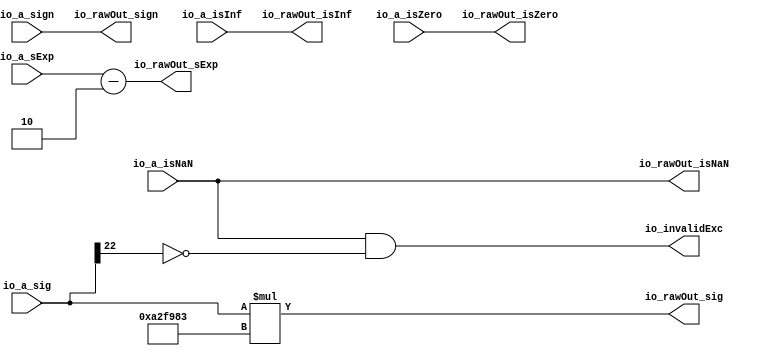
// SPDX-FileCopyrightText: 2020 Efabless Corporation
//
// Licensed under the Apache License, Version 2.0 (the "License");
// you may not use this file except in compliance with the License.
// You may obtain a copy of the License at
//
//      http://www.apache.org/licenses/LICENSE-2.0
//
// Unless required by applicable law or agreed to in writing, software
// distributed under the License is distributed on an "AS IS" BASIS,
// WITHOUT WARRANTIES OR CONDITIONS OF ANY KIND, either express or implied.
// See the License for the specific language governing permissions and
// limitations under the License.
// SPDX-License-Identifier: Apache-2.0

// gonsolo: Include Diffuse.v from pepe commit ba8e4

// Generated by CIRCT unknown git version
// Standard header to adapt well known macros to our needs.
`ifndef RANDOMIZE
  `ifdef RANDOMIZE_REG_INIT
    `define RANDOMIZE
  `endif // RANDOMIZE_REG_INIT
`endif // not def RANDOMIZE

// RANDOM may be set to an expression that produces a 32-bit random unsigned value.
`ifndef RANDOM
  `define RANDOM $random
`endif // not def RANDOM

// Users can define INIT_RANDOM as general code that gets injected into the
// initializer block for modules with registers.
`ifndef INIT_RANDOM
  `define INIT_RANDOM
`endif // not def INIT_RANDOM

// If using random initialization, you can also define RANDOMIZE_DELAY to
// customize the delay used, otherwise 0.002 is used.
`ifndef RANDOMIZE_DELAY
  `define RANDOMIZE_DELAY 0.002
`endif // not def RANDOMIZE_DELAY

// Define INIT_RANDOM_PROLOG_ for use in our modules below.
`ifndef INIT_RANDOM_PROLOG_
  `ifdef RANDOMIZE
    `ifdef VERILATOR
      `define INIT_RANDOM_PROLOG_ `INIT_RANDOM
    `else  // VERILATOR
      `define INIT_RANDOM_PROLOG_ `INIT_RANDOM #`RANDOMIZE_DELAY begin end
    `endif // VERILATOR
  `else  // RANDOMIZE
    `define INIT_RANDOM_PROLOG_
  `endif // RANDOMIZE
`endif // not def INIT_RANDOM_PROLOG_

module MulFullRawFN(	// <stdin>:3:10, :632:10, :1261:10
  input         io_a_isNaN,
                io_a_isInf,
                io_a_isZero,
                io_a_sign,
  input  [9:0]  io_a_sExp,
  input  [24:0] io_a_sig,
  output        io_invalidExc,
                io_rawOut_isNaN,
                io_rawOut_isInf,
                io_rawOut_isZero,
                io_rawOut_sign,
  output [9:0]  io_rawOut_sExp,
  output [47:0] io_rawOut_sig);

  assign io_invalidExc = io_a_isNaN & ~(io_a_sig[22]);	// <stdin>:3:10, :632:10, :1261:10, hardfloat/src/main/scala/common.scala:82:{46,49,56}
  assign io_rawOut_isNaN = io_a_isNaN;	// <stdin>:3:10, :632:10, :1261:10
  assign io_rawOut_isInf = io_a_isInf;	// <stdin>:3:10, :632:10, :1261:10
  assign io_rawOut_isZero = io_a_isZero;	// <stdin>:3:10, :632:10, :1261:10
  assign io_rawOut_sign = io_a_sign;	// <stdin>:3:10, :632:10, :1261:10
  assign io_rawOut_sExp = io_a_sExp - 10'h2;	// <stdin>:3:10, :632:10, :1261:10, hardfloat/src/main/scala/MulRecFN.scala:62:48
  assign io_rawOut_sig = {23'h0, io_a_sig} * 48'hA2F983;	// <stdin>:3:10, :632:10, :1261:10, hardfloat/src/main/scala/MulRecFN.scala:63:35
endmodule

module MulRawFN(	// <stdin>:37:10, :666:10, :1295:10
  input         io_a_isNaN,
                io_a_isInf,
                io_a_isZero,
                io_a_sign,
  input  [9:0]  io_a_sExp,
  input  [24:0] io_a_sig,
  output        io_invalidExc,
                io_rawOut_isNaN,
                io_rawOut_isInf,
                io_rawOut_isZero,
                io_rawOut_sign,
  output [9:0]  io_rawOut_sExp,
  output [26:0] io_rawOut_sig);

  wire [47:0] _mulFullRaw_io_rawOut_sig;	// hardfloat/src/main/scala/MulRecFN.scala:84:28
  MulFullRawFN mulFullRaw (	// hardfloat/src/main/scala/MulRecFN.scala:84:28
    .io_a_isNaN       (io_a_isNaN),
    .io_a_isInf       (io_a_isInf),
    .io_a_isZero      (io_a_isZero),
    .io_a_sign        (io_a_sign),
    .io_a_sExp        (io_a_sExp),
    .io_a_sig         (io_a_sig),
    .io_invalidExc    (io_invalidExc),
    .io_rawOut_isNaN  (io_rawOut_isNaN),
    .io_rawOut_isInf  (io_rawOut_isInf),
    .io_rawOut_isZero (io_rawOut_isZero),
    .io_rawOut_sign   (io_rawOut_sign),
    .io_rawOut_sExp   (io_rawOut_sExp),
    .io_rawOut_sig    (_mulFullRaw_io_rawOut_sig)
  );
  assign io_rawOut_sig =
    {_mulFullRaw_io_rawOut_sig[47:22], |(_mulFullRaw_io_rawOut_sig[21:0])};	// <stdin>:37:10, :666:10, :1295:10, hardfloat/src/main/scala/MulRecFN.scala:84:28, :93:{10,15,37,55}
endmodule

module RoundAnyRawFNToRecFN(	// <stdin>:61:10, :690:10, :1319:10
  input         io_invalidExc,
                io_in_isNaN,
                io_in_isInf,
                io_in_isZero,
                io_in_sign,
  input  [9:0]  io_in_sExp,
  input  [26:0] io_in_sig,
  output [32:0] io_out);

  wire [8:0]  _roundMask_T_1 = ~(io_in_sExp[8:0]);	// hardfloat/src/main/scala/RoundAnyRawFNToRecFN.scala:155:37, hardfloat/src/main/scala/primitives.scala:52:21
  wire [64:0] _GEN = {59'h0, _roundMask_T_1[5:0]};	// hardfloat/src/main/scala/primitives.scala:52:21, :59:26, :76:56
  wire [64:0] roundMask_shift = $signed(65'sh10000000000000000 >>> _GEN);	// hardfloat/src/main/scala/primitives.scala:76:56
  wire [64:0] roundMask_shift_1 = $signed(65'sh10000000000000000 >>> _GEN);	// hardfloat/src/main/scala/primitives.scala:76:56
  wire [24:0] _roundMask_T_74 =
    (_roundMask_T_1[8]
       ? (_roundMask_T_1[7]
            ? {~(_roundMask_T_1[6]
                   ? 22'h0
                   : ~{roundMask_shift[42],
                       roundMask_shift[43],
                       roundMask_shift[44],
                       roundMask_shift[45],
                       roundMask_shift[46],
                       roundMask_shift[47],
                       roundMask_shift[48],
                       roundMask_shift[49],
                       roundMask_shift[50],
                       roundMask_shift[51],
                       roundMask_shift[52],
                       roundMask_shift[53],
                       roundMask_shift[54],
                       roundMask_shift[55],
                       roundMask_shift[56],
                       roundMask_shift[57],
                       roundMask_shift[58],
                       roundMask_shift[59],
                       roundMask_shift[60],
                       roundMask_shift[61],
                       roundMask_shift[62],
                       roundMask_shift[63]}),
               3'h7}
            : {22'h0,
               _roundMask_T_1[6]
                 ? {roundMask_shift_1[0], roundMask_shift_1[1], roundMask_shift_1[2]}
                 : 3'h0})
       : 25'h0) | {24'h0, io_in_sig[26]};	// hardfloat/src/main/scala/RoundAnyRawFNToRecFN.scala:119:57, :158:23, hardfloat/src/main/scala/primitives.scala:52:21, :58:25, :59:26, :62:24, :67:24, :68:58, :73:{17,21,32}, :76:56, :77:20, :78:22
  wire [25:0] _GEN_0 = {_roundMask_T_74, 1'h1};	// hardfloat/src/main/scala/RoundAnyRawFNToRecFN.scala:158:{23,42}, :242:60
  wire [25:0] _GEN_1 = io_in_sig[26:1] & {1'h1, ~_roundMask_T_74} & _GEN_0;	// hardfloat/src/main/scala/RoundAnyRawFNToRecFN.scala:158:{23,42}, :161:53, :162:28, :163:40, :242:60
  wire [25:0] roundedSig =
    (|_GEN_1)
      ? {1'h0, io_in_sig[26:2] | _roundMask_T_74} + 26'h1
        & ~((|_GEN_1) & (io_in_sig[25:0] & _GEN_0) == 26'h0
              ? {_roundMask_T_74, 1'h1}
              : 26'h0)
      : {1'h0, io_in_sig[26:2] & ~_roundMask_T_74};	// hardfloat/src/main/scala/RoundAnyRawFNToRecFN.scala:57:16, :158:{23,42}, :162:28, :163:{40,56}, :164:{42,62}, :172:16, :173:{32,49,57}, :174:{21,25,64}, :176:35, :179:{30,47}, :180:24, :242:60
  wire [10:0] sRoundedExp = {io_in_sExp[9], io_in_sExp} + {9'h0, roundedSig[25:24]};	// hardfloat/src/main/scala/RoundAnyRawFNToRecFN.scala:172:16, :184:{40,54}, :272:16
  wire        common_totalUnderflow = $signed(sRoundedExp) < 11'sh6B;	// hardfloat/src/main/scala/RoundAnyRawFNToRecFN.scala:184:40, :199:31
  wire        isNaNOut = io_invalidExc | io_in_isNaN;	// hardfloat/src/main/scala/RoundAnyRawFNToRecFN.scala:234:34
  wire        notNaN_isInfOut =
    io_in_isInf | ~isNaNOut & ~io_in_isInf & ~io_in_isZero
    & $signed(sRoundedExp[10:7]) > 4'sh2;	// hardfloat/src/main/scala/RoundAnyRawFNToRecFN.scala:184:40, :195:{30,50}, :234:34, :236:{22,36,64}, :237:32, :247:32
  assign io_out =
    {~isNaNOut & io_in_sign,
     sRoundedExp[8:0] & ~(io_in_isZero | common_totalUnderflow ? 9'h1C0 : 9'h0)
       & {2'h3, ~notNaN_isInfOut, 6'h3F} | (notNaN_isInfOut ? 9'h180 : 9'h0)
       | (isNaNOut ? 9'h1C0 : 9'h0),
     isNaNOut | io_in_isZero | common_totalUnderflow
       ? {isNaNOut, 22'h0}
       : io_in_sig[26] ? roundedSig[23:1] : roundedSig[22:0]};	// <stdin>:61:10, :690:10, :1319:10, hardfloat/src/main/scala/RoundAnyRawFNToRecFN.scala:119:57, :158:42, :172:16, :184:40, :186:37, :188:16, :189:27, :190:27, :199:31, :234:34, :247:32, :249:22, :252:{14,18,32}, :263:17, :264:{14,18}, :272:16, :276:{16,73}, :277:16, :279:{12,38}, :280:16, :285:33, hardfloat/src/main/scala/primitives.scala:73:21
endmodule

module RoundRawFNToRecFN(	// <stdin>:309:10, :938:10, :1567:10
  input         io_invalidExc,
                io_in_isNaN,
                io_in_isInf,
                io_in_isZero,
                io_in_sign,
  input  [9:0]  io_in_sExp,
  input  [26:0] io_in_sig,
  output [32:0] io_out);

  RoundAnyRawFNToRecFN roundAnyRawFNToRecFN (	// hardfloat/src/main/scala/RoundAnyRawFNToRecFN.scala:308:15
    .io_invalidExc (io_invalidExc),
    .io_in_isNaN   (io_in_isNaN),
    .io_in_isInf   (io_in_isInf),
    .io_in_isZero  (io_in_isZero),
    .io_in_sign    (io_in_sign),
    .io_in_sExp    (io_in_sExp),
    .io_in_sig     (io_in_sig),
    .io_out        (io_out)
  );
endmodule

module MulRecFN(	// <stdin>:326:10, :955:10, :1584:10
  input  [32:0] io_a,
  output [32:0] io_out);

  wire        _mulRawFN_io_invalidExc;	// hardfloat/src/main/scala/MulRecFN.scala:113:26
  wire        _mulRawFN_io_rawOut_isNaN;	// hardfloat/src/main/scala/MulRecFN.scala:113:26
  wire        _mulRawFN_io_rawOut_isInf;	// hardfloat/src/main/scala/MulRecFN.scala:113:26
  wire        _mulRawFN_io_rawOut_isZero;	// hardfloat/src/main/scala/MulRecFN.scala:113:26
  wire        _mulRawFN_io_rawOut_sign;	// hardfloat/src/main/scala/MulRecFN.scala:113:26
  wire [9:0]  _mulRawFN_io_rawOut_sExp;	// hardfloat/src/main/scala/MulRecFN.scala:113:26
  wire [26:0] _mulRawFN_io_rawOut_sig;	// hardfloat/src/main/scala/MulRecFN.scala:113:26
  MulRawFN mulRawFN (	// hardfloat/src/main/scala/MulRecFN.scala:113:26
    .io_a_isNaN       ((&(io_a[31:30])) & io_a[29]),	// hardfloat/src/main/scala/rawFloatFromRecFN.scala:51:21, :53:{28,53}, :56:{33,41}
    .io_a_isInf       ((&(io_a[31:30])) & ~(io_a[29])),	// hardfloat/src/main/scala/rawFloatFromRecFN.scala:51:21, :53:{28,53}, :56:41, :57:{33,36}
    .io_a_isZero      (~(|(io_a[31:29]))),	// hardfloat/src/main/scala/rawFloatFromRecFN.scala:51:21, :52:{28,53}
    .io_a_sign        (io_a[32]),	// hardfloat/src/main/scala/rawFloatFromRecFN.scala:59:25
    .io_a_sExp        ({1'h0, io_a[31:23]}),	// hardfloat/src/main/scala/MulRecFN.scala:102:16, hardfloat/src/main/scala/rawFloatFromRecFN.scala:51:21, :60:27
    .io_a_sig         ({1'h0, |(io_a[31:29]), io_a[22:0]}),	// hardfloat/src/main/scala/MulRecFN.scala:102:16, hardfloat/src/main/scala/rawFloatFromRecFN.scala:51:21, :52:{28,53}, :61:{44,49}
    .io_invalidExc    (_mulRawFN_io_invalidExc),
    .io_rawOut_isNaN  (_mulRawFN_io_rawOut_isNaN),
    .io_rawOut_isInf  (_mulRawFN_io_rawOut_isInf),
    .io_rawOut_isZero (_mulRawFN_io_rawOut_isZero),
    .io_rawOut_sign   (_mulRawFN_io_rawOut_sign),
    .io_rawOut_sExp   (_mulRawFN_io_rawOut_sExp),
    .io_rawOut_sig    (_mulRawFN_io_rawOut_sig)
  );
  RoundRawFNToRecFN roundRawFNToRecFN (	// hardfloat/src/main/scala/MulRecFN.scala:121:15
    .io_invalidExc (_mulRawFN_io_invalidExc),	// hardfloat/src/main/scala/MulRecFN.scala:113:26
    .io_in_isNaN   (_mulRawFN_io_rawOut_isNaN),	// hardfloat/src/main/scala/MulRecFN.scala:113:26
    .io_in_isInf   (_mulRawFN_io_rawOut_isInf),	// hardfloat/src/main/scala/MulRecFN.scala:113:26
    .io_in_isZero  (_mulRawFN_io_rawOut_isZero),	// hardfloat/src/main/scala/MulRecFN.scala:113:26
    .io_in_sign    (_mulRawFN_io_rawOut_sign),	// hardfloat/src/main/scala/MulRecFN.scala:113:26
    .io_in_sExp    (_mulRawFN_io_rawOut_sExp),	// hardfloat/src/main/scala/MulRecFN.scala:113:26
    .io_in_sig     (_mulRawFN_io_rawOut_sig),	// hardfloat/src/main/scala/MulRecFN.scala:113:26
    .io_out        (io_out)
  );
endmodule

module Multiply(	// <stdin>:402:10, :1031:10, :1660:10
  input  [31:0] io_a,
  output [31:0] io_out);

  wire [32:0] _mul_io_out;	// src/main/scala/bsdf/Multiply.scala:20:19
  wire        mul_io_a_rawIn_isZeroExpIn = io_a[30:23] == 8'h0;	// hardfloat/src/main/scala/fNFromRecFN.scala:60:21, hardfloat/src/main/scala/rawFloatFromFN.scala:45:19, :48:30
  wire [4:0]  mul_io_a_rawIn_normDist =
    io_a[22]
      ? 5'h0
      : io_a[21]
          ? 5'h1
          : io_a[20]
              ? 5'h2
              : io_a[19]
                  ? 5'h3
                  : io_a[18]
                      ? 5'h4
                      : io_a[17]
                          ? 5'h5
                          : io_a[16]
                              ? 5'h6
                              : io_a[15]
                                  ? 5'h7
                                  : io_a[14]
                                      ? 5'h8
                                      : io_a[13]
                                          ? 5'h9
                                          : io_a[12]
                                              ? 5'hA
                                              : io_a[11]
                                                  ? 5'hB
                                                  : io_a[10]
                                                      ? 5'hC
                                                      : io_a[9]
                                                          ? 5'hD
                                                          : io_a[8]
                                                              ? 5'hE
                                                              : io_a[7]
                                                                  ? 5'hF
                                                                  : io_a[6]
                                                                      ? 5'h10
                                                                      : io_a[5]
                                                                          ? 5'h11
                                                                          : io_a[4]
                                                                              ? 5'h12
                                                                              : io_a[3]
                                                                                  ? 5'h13
                                                                                  : io_a[2]
                                                                                      ? 5'h14
                                                                                      : io_a[1]
                                                                                          ? 5'h15
                                                                                          : 5'h16;	// hardfloat/src/main/scala/primitives.scala:91:52, hardfloat/src/main/scala/rawFloatFromFN.scala:46:21, src/main/scala/chisel3/util/Mux.scala:50:70
  wire [53:0] _mul_io_a_rawIn_subnormFract_T =
    {31'h0, io_a[22:0]} << mul_io_a_rawIn_normDist;	// hardfloat/src/main/scala/rawFloatFromFN.scala:46:21, :52:33, src/main/scala/chisel3/util/Mux.scala:50:70
  wire [8:0]  mul_io_a_rawIn_adjustedExp =
    (mul_io_a_rawIn_isZeroExpIn ? {4'hF, ~mul_io_a_rawIn_normDist} : {1'h0, io_a[30:23]})
    + {7'h20, mul_io_a_rawIn_isZeroExpIn ? 2'h2 : 2'h1};	// hardfloat/src/main/scala/rawFloatFromFN.scala:45:19, :48:30, :54:10, :55:18, :57:9, :58:14, src/main/scala/chisel3/util/Mux.scala:50:70
  wire        io_out_rawIn_isInf = (&(_mul_io_out[31:30])) & ~(_mul_io_out[29]);	// hardfloat/src/main/scala/rawFloatFromRecFN.scala:51:21, :53:{28,53}, :56:41, :57:{33,36}, src/main/scala/bsdf/Multiply.scala:20:19
  wire        io_out_isSubnormal = $signed({1'h0, _mul_io_out[31:23]}) < 10'sh82;	// hardfloat/src/main/scala/fNFromRecFN.scala:51:38, hardfloat/src/main/scala/rawFloatFromFN.scala:48:30, hardfloat/src/main/scala/rawFloatFromRecFN.scala:51:21, :60:27, src/main/scala/bsdf/Multiply.scala:20:19
  wire [23:0] _io_out_denormFract_T_1 =
    {1'h0, |(_mul_io_out[31:29]), _mul_io_out[22:1]} >> 5'h1 - _mul_io_out[27:23];	// hardfloat/src/main/scala/fNFromRecFN.scala:52:{35,47}, :53:{38,42}, hardfloat/src/main/scala/rawFloatFromFN.scala:48:30, hardfloat/src/main/scala/rawFloatFromRecFN.scala:51:21, :52:{28,53}, src/main/scala/bsdf/Multiply.scala:20:19, src/main/scala/chisel3/util/Mux.scala:50:70
  MulRecFN mul (	// src/main/scala/bsdf/Multiply.scala:20:19
    .io_a
      ({io_a[31],
        (mul_io_a_rawIn_isZeroExpIn & ~(|(io_a[22:0]))
           ? 3'h0
           : mul_io_a_rawIn_adjustedExp[8:6])
          | {2'h0, (&(mul_io_a_rawIn_adjustedExp[8:7])) & (|(io_a[22:0]))},
        mul_io_a_rawIn_adjustedExp[5:0],
        mul_io_a_rawIn_isZeroExpIn
          ? {_mul_io_a_rawIn_subnormFract_T[21:0], 1'h0}
          : io_a[22:0]}),	// hardfloat/src/main/scala/rawFloatFromFN.scala:44:18, :46:21, :48:30, :49:34, :52:{33,46,64}, :57:9, :60:30, :61:{32,57}, :64:28, :70:33, hardfloat/src/main/scala/recFNFromFN.scala:48:{15,50,76}, :50:{23,41}
    .io_out (_mul_io_out)
  );
  assign io_out =
    {_mul_io_out[32],
     (io_out_isSubnormal ? 8'h0 : _mul_io_out[30:23] + 8'h7F)
       | {8{(&(_mul_io_out[31:30])) & _mul_io_out[29] | io_out_rawIn_isInf}},
     io_out_isSubnormal
       ? _io_out_denormFract_T_1[22:0]
       : io_out_rawIn_isInf ? 23'h0 : _mul_io_out[22:0]};	// <stdin>:402:10, :1031:10, :1660:10, hardfloat/src/main/scala/fNFromRecFN.scala:51:38, :53:{42,60}, :56:16, :58:{27,45}, :60:{15,21,44}, :62:16, :64:20, :66:12, hardfloat/src/main/scala/rawFloatFromRecFN.scala:51:21, :53:{28,53}, :56:{33,41}, :57:33, :59:25, :61:49, src/main/scala/bsdf/Multiply.scala:20:19
endmodule

module MultiplySpectrum(	// <stdin>:1890:10
  input  [31:0] io_a_values_0,
                io_a_values_1,
                io_a_values_2,
  output [31:0] io_out_values_0,
                io_out_values_1,
                io_out_values_2);

  Multiply multipliers_multiply (	// src/main/scala/bsdf/MultiplySpectrum.scala:17:26
    .io_a   (io_a_values_0),
    .io_out (io_out_values_0)
  );
  Multiply multipliers_multiply_1 (	// src/main/scala/bsdf/MultiplySpectrum.scala:17:26
    .io_a   (io_a_values_1),
    .io_out (io_out_values_1)
  );
  Multiply multipliers_multiply_2 (	// src/main/scala/bsdf/MultiplySpectrum.scala:17:26
    .io_a   (io_a_values_2),
    .io_out (io_out_values_2)
  );
endmodule

module Diffuse(	// <stdin>:1924:10
  input         clock,
                reset,
                input_valid,
  input  [31:0] input_bits_reflectance_values_0,
                input_bits_reflectance_values_1,
                input_bits_reflectance_values_2,
  input         output_ready,
  output        input_ready,
                output_valid,
  output [31:0] output_bits_out_values_0,
                output_bits_out_values_1,
                output_bits_out_values_2);

  reg         busy;	// src/main/scala/bsdf/Diffuse.scala:22:21
  reg         resultValid;	// src/main/scala/bsdf/Diffuse.scala:23:28
  reg  [31:0] reflectance_values_0;	// src/main/scala/bsdf/Diffuse.scala:24:24
  reg  [31:0] reflectance_values_1;	// src/main/scala/bsdf/Diffuse.scala:24:24
  reg  [31:0] reflectance_values_2;	// src/main/scala/bsdf/Diffuse.scala:24:24
  wire        _T = output_ready & resultValid;	// src/main/scala/bsdf/Diffuse.scala:23:28, :38:23
  always @(posedge clock) begin
    if (reset) begin
      busy <= 1'h0;	// src/main/scala/bsdf/Diffuse.scala:22:21
      resultValid <= 1'h0;	// src/main/scala/bsdf/Diffuse.scala:22:21, :23:28
    end
    else if (busy) begin	// src/main/scala/bsdf/Diffuse.scala:22:21
      busy <= ~_T & busy;	// src/main/scala/bsdf/Diffuse.scala:22:21, :38:{23,39}, :39:12
      resultValid <= ~_T;	// src/main/scala/bsdf/Diffuse.scala:22:21, :23:28, :38:{23,39}, :39:12
    end
    else	// src/main/scala/bsdf/Diffuse.scala:22:21
      busy <= input_valid | busy;	// src/main/scala/bsdf/Diffuse.scala:22:21, :43:23, :47:12
    if (busy | ~input_valid) begin	// src/main/scala/bsdf/Diffuse.scala:22:21, :24:24, :35:14, :43:23
    end
    else begin	// src/main/scala/bsdf/Diffuse.scala:24:24, :35:14, :43:23
      reflectance_values_0 <= input_bits_reflectance_values_0;	// src/main/scala/bsdf/Diffuse.scala:24:24
      reflectance_values_1 <= input_bits_reflectance_values_1;	// src/main/scala/bsdf/Diffuse.scala:24:24
      reflectance_values_2 <= input_bits_reflectance_values_2;	// src/main/scala/bsdf/Diffuse.scala:24:24
    end
  end // always @(posedge)
  `ifndef SYNTHESIS	// <stdin>:1924:10
    `ifdef FIRRTL_BEFORE_INITIAL	// <stdin>:1924:10
      `FIRRTL_BEFORE_INITIAL	// <stdin>:1924:10
    `endif // FIRRTL_BEFORE_INITIAL
    logic [31:0] _RANDOM_0;	// <stdin>:1924:10
    logic [31:0] _RANDOM_1;	// <stdin>:1924:10
    logic [31:0] _RANDOM_2;	// <stdin>:1924:10
    logic [31:0] _RANDOM_3;	// <stdin>:1924:10
    logic [31:0] _RANDOM_4;	// <stdin>:1924:10
    initial begin	// <stdin>:1924:10
      `ifdef INIT_RANDOM_PROLOG_	// <stdin>:1924:10
        `INIT_RANDOM_PROLOG_	// <stdin>:1924:10
      `endif // INIT_RANDOM_PROLOG_
      `ifdef RANDOMIZE_REG_INIT	// <stdin>:1924:10
        _RANDOM_0 = `RANDOM;	// <stdin>:1924:10
        _RANDOM_1 = `RANDOM;	// <stdin>:1924:10
        _RANDOM_2 = `RANDOM;	// <stdin>:1924:10
        _RANDOM_3 = `RANDOM;	// <stdin>:1924:10
        _RANDOM_4 = `RANDOM;	// <stdin>:1924:10
        busy = _RANDOM_0[31];	// src/main/scala/bsdf/Diffuse.scala:22:21
        resultValid = _RANDOM_1[0];	// src/main/scala/bsdf/Diffuse.scala:23:28
        reflectance_values_0 = {_RANDOM_1[31:1], _RANDOM_2[0]};	// src/main/scala/bsdf/Diffuse.scala:23:28, :24:24
        reflectance_values_1 = {_RANDOM_2[31:1], _RANDOM_3[0]};	// src/main/scala/bsdf/Diffuse.scala:24:24
        reflectance_values_2 = {_RANDOM_3[31:1], _RANDOM_4[0]};	// src/main/scala/bsdf/Diffuse.scala:24:24
      `endif // RANDOMIZE_REG_INIT
    end // initial
    `ifdef FIRRTL_AFTER_INITIAL	// <stdin>:1924:10
      `FIRRTL_AFTER_INITIAL	// <stdin>:1924:10
    `endif // FIRRTL_AFTER_INITIAL
  `endif // not def SYNTHESIS
  MultiplySpectrum multiply (	// src/main/scala/bsdf/Diffuse.scala:19:24
    .io_a_values_0   (reflectance_values_0),	// src/main/scala/bsdf/Diffuse.scala:24:24
    .io_a_values_1   (reflectance_values_1),	// src/main/scala/bsdf/Diffuse.scala:24:24
    .io_a_values_2   (reflectance_values_2),	// src/main/scala/bsdf/Diffuse.scala:24:24
    .io_out_values_0 (output_bits_out_values_0),
    .io_out_values_1 (output_bits_out_values_1),
    .io_out_values_2 (output_bits_out_values_2)
  );
  assign input_ready = ~busy & input_valid | ~busy;	// <stdin>:1924:10, src/main/scala/bsdf/Diffuse.scala:22:21, :26:{15,18}, :35:14, :43:23
  assign output_valid = resultValid;	// <stdin>:1924:10, src/main/scala/bsdf/Diffuse.scala:23:28
endmodule
// gonsolo: End Diffuse.v

`default_nettype none

// Keep in sync with dv/cocotb/pepe/pepe.py
`define DIFFERENCE	5 // The first five bits are used by caravel
`define WRITE		28 - `DIFFERENCE
`define CHANNEL_SELECT0	27 - `DIFFERENCE
`define CHANNEL_SELECT1	26 - `DIFFERENCE
`define BYTE_SELECT0	25 - `DIFFERENCE
`define BYTE_SELECT1	24 - `DIFFERENCE
`define INPUT7		23 - `DIFFERENCE
`define INPUT6		`INPUT7 - 1
`define INPUT5		`INPUT7 - 2
`define INPUT4		`INPUT7 - 3
`define INPUT3		`INPUT7 - 4
`define INPUT2		`INPUT7 - 5
`define INPUT1		`INPUT7 - 6
`define INPUT0		`INPUT7 - 7
`define OUTPUT7		12 - `DIFFERENCE
`define OUTPUT0		`OUTPUT7 - 7

module user_proj_example #(
    parameter BITS = 24
)(
`ifdef USE_POWER_PINS
    inout vdd,
    inout vss,
`endif

    input wb_clk_i,
    input wb_rst_i,

    // IOs
    input  [BITS-1:0] io_in,
    output [BITS-1:0] io_out,
    output [BITS-1:0] io_oeb,

    // IRQ
    output [2:0] irq
);

    wire clock = wb_clk_i;
    wire reset = wb_rst_i;

    assign io_oeb = 24'h0000FF;
    assign irq = 3'b000;	// Unused

    reg [7:0] channel0_byte0, channel0_byte1, channel0_byte2, channel0_byte3;
    reg [7:0] channel1_byte0, channel1_byte1, channel1_byte2, channel1_byte3;
    reg [7:0] channel2_byte0, channel2_byte1, channel2_byte2, channel2_byte3;
    reg [7:0] out_byte;

    initial begin
        channel0_byte0 = 8'h00;
        channel0_byte1 = 8'h00;
        channel0_byte2 = 8'h00;
        channel0_byte3 = 8'h00;
        channel1_byte0 = 8'h00;
        channel1_byte1 = 8'h00;
        channel1_byte2 = 8'h00;
        channel1_byte3 = 8'h00;
        channel2_byte0 = 8'h00;
        channel2_byte1 = 8'h00;
        channel2_byte2 = 8'h00;
        channel2_byte3 = 8'h00;
        out_byte = 8'h00;
    end

    wire [31:0] input_bits_reflectance_values_0 = { channel0_byte0, channel0_byte1, channel0_byte2, channel0_byte3 };
    wire [31:0] input_bits_reflectance_values_1 = { channel1_byte0, channel1_byte1, channel1_byte2, channel1_byte3 };
    wire [31:0] input_bits_reflectance_values_2 = { channel2_byte0, channel2_byte1, channel2_byte2, channel2_byte3 };
    wire input_valid = 1;
    wire input_ready;		// Unused
    wire output_ready = 1;
    wire output_valid;		// Unused
    wire [31:0] output_bits_out_values_0;
    wire [31:0] output_bits_out_values_1;
    wire [31:0] output_bits_out_values_2;

    wire input_set = io_in[`WRITE];
    wire [1:0] channel_select = io_in[`CHANNEL_SELECT0:`CHANNEL_SELECT1];
    wire [1:0] byte_select = io_in[`BYTE_SELECT0:`BYTE_SELECT1];
    wire [7:0] input_byte = io_in[`INPUT7:`INPUT0];

    wire _unused_ok = &{
        1'b0,
	io_in[12:0],
        input_ready,
        output_valid,
	output_bits_out_values_1,
	output_bits_out_values_2,
        1'b0
    };

    Diffuse diffuse(
        .clock(clock),
        .reset(reset),
        .input_valid(input_valid),
        .input_ready(input_ready),
        .input_bits_reflectance_values_0(input_bits_reflectance_values_0),
        .input_bits_reflectance_values_1(input_bits_reflectance_values_1),
        .input_bits_reflectance_values_2(input_bits_reflectance_values_2),
        .output_valid(output_valid),
        .output_ready(output_ready),
        .output_bits_out_values_0(output_bits_out_values_0),
        .output_bits_out_values_1(output_bits_out_values_1),
        .output_bits_out_values_2(output_bits_out_values_2)
    );

    always @(posedge clock) begin
	if (input_set) begin
		case(channel_select)
		default: ; // Nothing to do: There is no channel 4
		2'b10:
			case (byte_select)
			2'b11: channel2_byte0 <= input_byte;
			2'b10: channel2_byte1 <= input_byte;
			2'b01: channel2_byte2 <= input_byte;
			2'b00: channel2_byte3 <= input_byte;
			endcase
		2'b01:
			case (byte_select)
			2'b11: channel1_byte0 <= input_byte;
			2'b10: channel1_byte1 <= input_byte;
			2'b01: channel1_byte2 <= input_byte;
			2'b00: channel1_byte3 <= input_byte;
			endcase
		2'b00:
			case (byte_select)
			2'b11: channel0_byte0 <= input_byte;
			2'b10: channel0_byte1 <= input_byte;
			2'b01: channel0_byte2 <= input_byte;
			2'b00: channel0_byte3 <= input_byte;
			endcase
		endcase
	end else begin
		case (channel_select)
		default: ; // Nothing to do: There is no channel 4
		2'b10:
			case(byte_select)
				2'b11: out_byte <= output_bits_out_values_2[31:24];
				2'b10: out_byte <= output_bits_out_values_2[23:16];
				2'b01: out_byte <= output_bits_out_values_2[15:8];
				2'b00: out_byte <= output_bits_out_values_2[7:0];
			endcase
		2'b01:
			case(byte_select)
				2'b11: out_byte <= output_bits_out_values_1[31:24];
				2'b10: out_byte <= output_bits_out_values_1[23:16];
				2'b01: out_byte <= output_bits_out_values_1[15:8];
				2'b00: out_byte <= output_bits_out_values_1[7:0];
			endcase
		2'b00:
			case(byte_select)
				2'b11: out_byte <= output_bits_out_values_0[31:24];
				2'b10: out_byte <= output_bits_out_values_0[23:16];
				2'b01: out_byte <= output_bits_out_values_0[15:8];
				2'b00: out_byte <= output_bits_out_values_0[7:0];
			endcase
		endcase
	end
    end

    assign io_out = { 16'h0, out_byte };

endmodule

`default_nettype wire